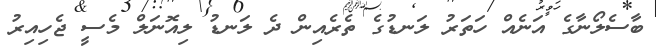
ބާސެލޯނާގެ އަނެއް ހަތަރު ލަނޑުގެ ތެރެއިން ދެ ލަނޑު ލިއޮނަލް މެސީ ޖެހިއިރު